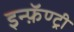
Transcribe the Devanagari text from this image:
इन्फ़ॅण्ट्री